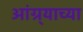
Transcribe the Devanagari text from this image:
आंग्र्‍याच्या